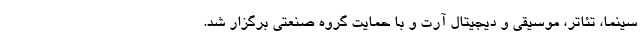
سینما، تئاتر، موسیقی و دیجیتال آرت و با حمایت گروه صنعتی برگزار شد.